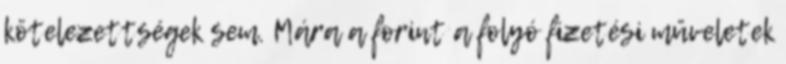
kötelezettségek sem. Mára a forint a folyó fizetési műveletek